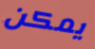
يمكن